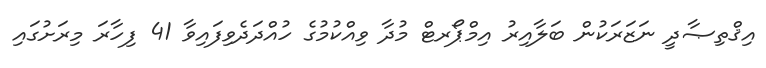
އިޤްތިޞާދީ ނަޒަރަކުން ބަލާއިރު އިމްޕޯރޓް މުދާ ވިއްކުމުގެ ހުއްދަދެވިފައިވާ 41 ފިހާރަ މިރަށުގައި